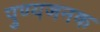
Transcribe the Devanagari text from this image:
पुण्यजनक